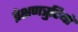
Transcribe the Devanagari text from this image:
प्रेक्षणत्रुटियों